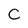
Character: C